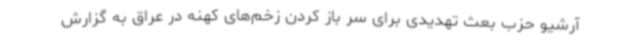
آرشیو حزب بعث تهدیدی برای سر باز کردن زخم‌های کهنه در عراق به گزارش